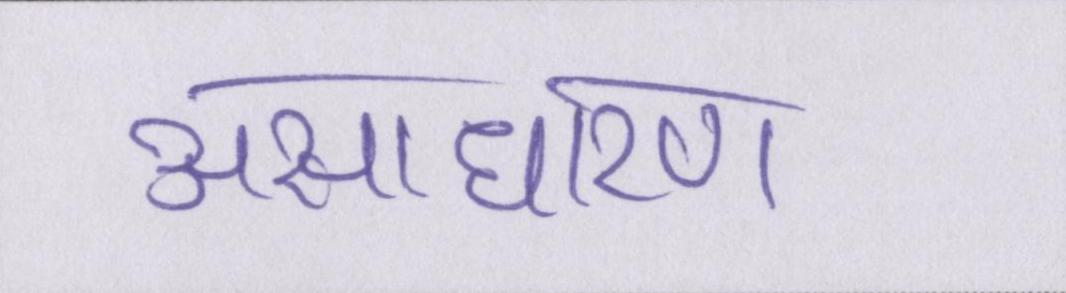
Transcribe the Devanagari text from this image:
असाधारण